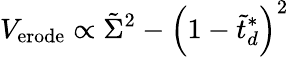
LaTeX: V_{\mathrm{{erode}}}\propto\tilde{\Sigma}^{2}-\left(1-\tilde{{t}}_{d}^{*}\right)^{2}